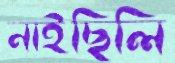
নাইছিলি